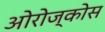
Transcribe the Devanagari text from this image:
ओरोज्कोस